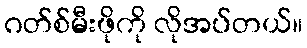
ဂတ်စ်မီးဖိုကို လိုအပ်တယ်။